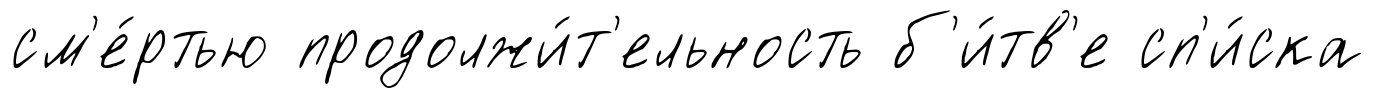
см'е́ртью продолжи́т'ельность б'и́тв'е сп'и́ска